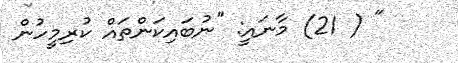
" ( 21) މާނައީ: "ނުބައިކަންތައް ކުރިމީހުން